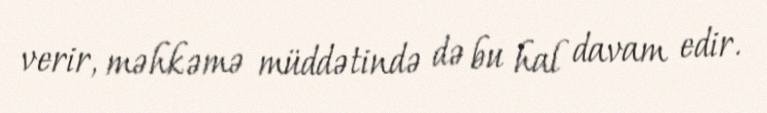
verir, məhkəmə müddətində də bu hal davam edir.